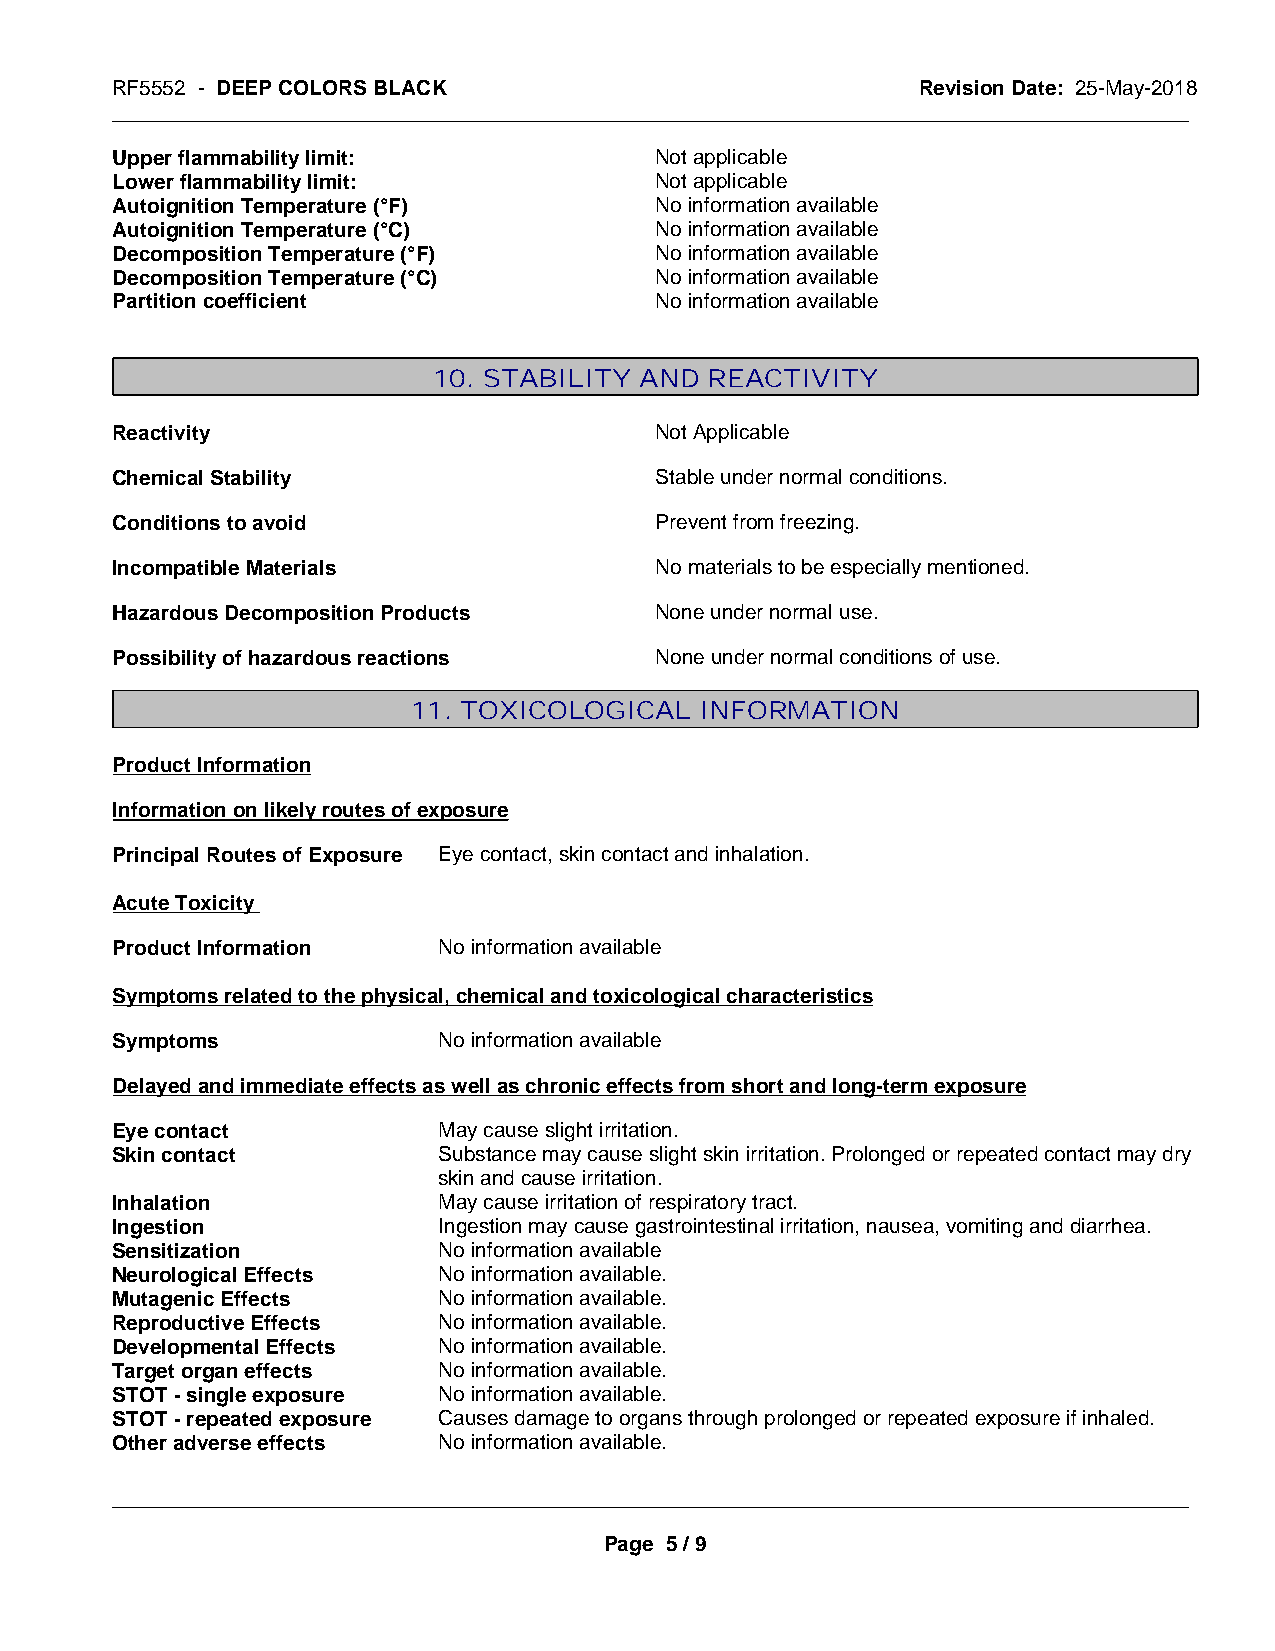
RF5552 - DEEP COLORS BLACK                            Revision Date: 25-May-2018
 _____________________________________________________________________________________________
 Upper flammability limit:           Not applicable
 Lower flammability limit:           Not applicable
 Autoignition Temperature (°F)       No information available
 Autoignition Temperature (°C)       No information available
 Decomposition Temperature (°F)      No information available
 Decomposition Temperature (°C)      No information available
 Partition coefficient               No information available
 10. STABILITY AND REACTIVITY
 Reactivity                          Not Applicable
 Chemical Stability                  Stable under normal conditions.
 Conditions to avoid                 Prevent from freezing.
 Incompatible Materials              No materials to be especially mentioned.
 Hazardous Decomposition Products    None under normal use.
 Possibility of hazardous reactions  None under normal conditions of use.
 11. TOXICOLOGICAL  INFORMATION
 Product Information
 Information on likely routes of exposure
 Principal Routes of Exposure Eye contact, skin contact and inhalation.
 Acute Toxicity
 Product Information   No information available
 Symptoms related to the physical, chemical and toxicological characteristics
 Symptoms              No information available
 Delayed and immediate effects as well as chronic effects from short and long-term exposure
 Eye contact           May cause slight irritation.
 Skin contact          Substance may cause slight skin irritation. Prolonged or repeated contact may dry
 skin and cause irritation.
 Inhalation            May cause irritation of respiratory tract.
 Ingestion             Ingestion may cause gastrointestinal irritation, nausea, vomiting and diarrhea.
 Sensitization         No information available
 Neurological Effects  No information available.
 Mutagenic Effects     No information available.
 Reproductive Effects  No information available.
 Developmental Effects No information available.
 Target organ effects  No information available.
 STOT - single exposure No information available.
 STOT - repeated exposure Causes damage to organs through prolonged or repeated exposure if inhaled.
 Other adverse effects No information available.
 _____________________________________________________________________________________________
 Page 5 / 9